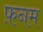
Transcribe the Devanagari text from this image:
फ़नम